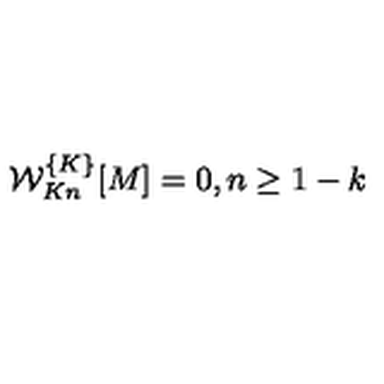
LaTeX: { \cal W } _ { K n } ^ { \{ K \} } [ M ] = 0 , n \geq 1 - k